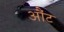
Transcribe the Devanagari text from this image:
औंट